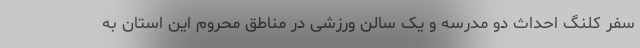
سفر کلنگ احداث دو مدرسه و یک سالن ورزشی در مناطق محروم این استان به